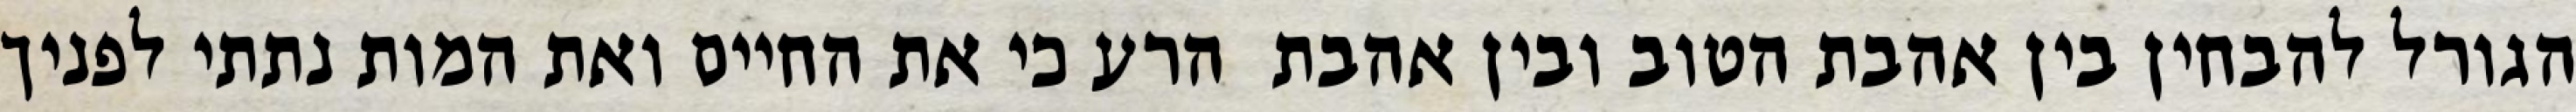
הגורל להבחין בין אהבת הטוב ובין אהבת  הרע כי את החיים ואת המות נתתי לפניך